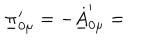
\underline { { { \pi } } } _ { 0 \mu } ^ { \prime } = - \underline { { { \dot { A } } } } _ { 0 \mu } ^ { \prime } =